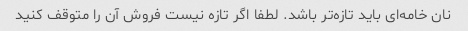
نان خامه‌ای باید تازه‌تر باشد. لطفا اگر تازه نیست فروش آن را متوقف کنید